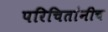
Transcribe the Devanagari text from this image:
परिचितांनीच